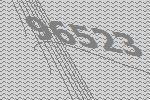
96523